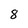
Character: 8